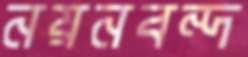
নয়নবন্দ